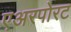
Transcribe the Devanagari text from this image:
एअरपोरट